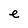
Character: e